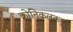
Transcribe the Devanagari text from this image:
क्रोनिकलकडून